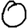
Digit: 0